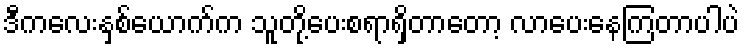
ဒီကလေးနှစ်ယောက်က သူတို့ပေးစရာရှိတာတော့ လာပေးနေကြတာပါပဲ